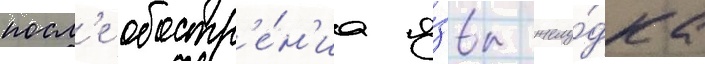
посл'е обостр'е́н'иа я́звы желу́дка